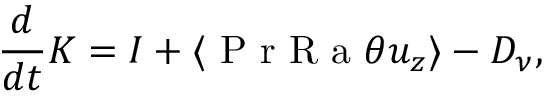
\frac { d } { d t } K = I + \langle \mathrm { ~ P ~ r ~ R ~ a ~ } \theta u _ { z } \rangle - D _ { \nu } ,